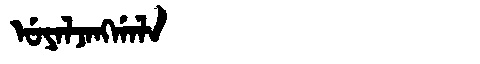
Manchu: ᡠᠶᠠᠯᠵᠠᠩᡤᠠᠯᠠ
Romanization: UYALJANGGALA